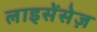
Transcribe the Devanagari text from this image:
लाइसेंसेज़